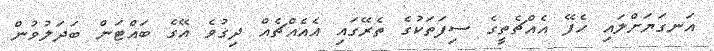
އަނގަޔަށްލައި ހެފޭ އެއްޗެތީގެ ސިފަތަކުގެ ތެރޭގައި އެއެއްޗެއް ދިގުވެ އޭގެ ބައްޓަން ބަދަލުވުން